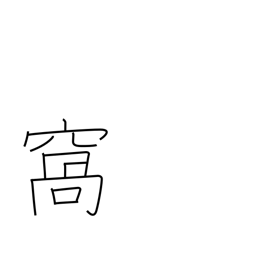
Meaning: pouch